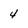
Character: 4